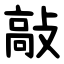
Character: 敲